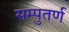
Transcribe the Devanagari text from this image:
सम्पुतर्ण